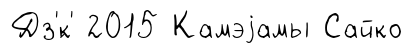
Дз'́к' 2015 Камэjамы Сайко